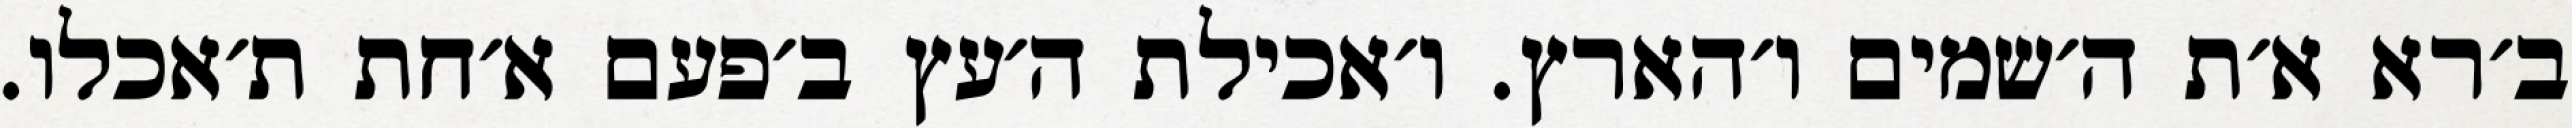
ב׳רא א׳ת ה׳שמים ו׳הארץ. ו׳אכילת ה׳עץ ב׳פעם א׳חת ת׳אכלו.